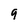
Character: 9